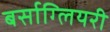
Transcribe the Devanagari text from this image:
बर्साग्लियरी